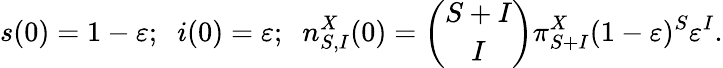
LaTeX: s(0)=1-\varepsilon;\; \; i(0)=\varepsilon;\; \; n_{S,I}^{X}(0)=\binom{S+I}{I}\pi_{S+I}^{X}(1-\varepsilon)^{S}\varepsilon^{I}.